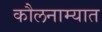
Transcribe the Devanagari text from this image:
कौलनाम्यात